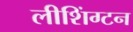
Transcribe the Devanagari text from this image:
लीशिंग्टन